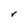
Character: r